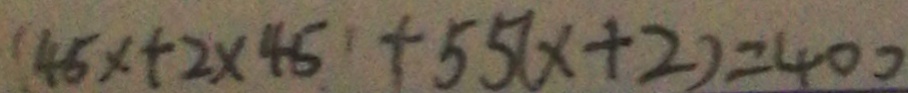
( 4 5 x + 2 \times 4 5 + 5 5 ( x + 2 ) = 4 0 0